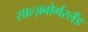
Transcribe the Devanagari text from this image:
साल्ज़बोर्गरलैंड